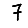
Digit: 7